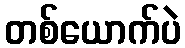
တစ်ယောက်ပဲ